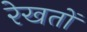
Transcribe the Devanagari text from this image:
रेखतों